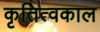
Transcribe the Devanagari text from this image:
कृतित्वकाल